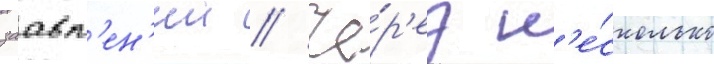
заавл'ен'ии // Че́р'ез н'е́сколько